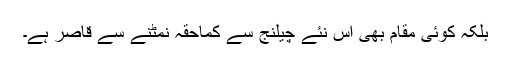
بلکہ کوئی مقام بھی اس نئے چیلنج سے کماحقّہ نمٹنے سے قاصر ہے۔